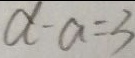
d - a = 3